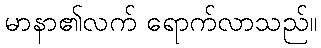
မာနာ၏လက် ရောက်လာသည်။